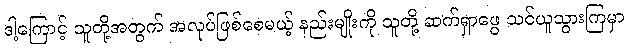
ဒါ့ကြောင့် သူတို့အတွက် အလုပ်ဖြစ်စေမယ့် နည်းမျိုးကို သူတို့ ဆက်ရှာဖွေ သင်ယူသွားကြမှာ